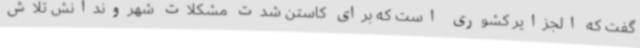
گفت که الجزایر کشوری است که برای کاستن شدت مشکلات شهروندانش تلاش